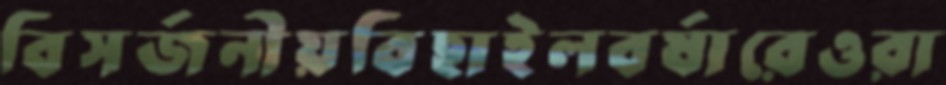
বিসর্জনীয়বিছাইলবর্ষারেওরা